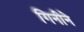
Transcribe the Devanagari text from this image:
गिनीने